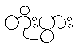
တိုးပွား